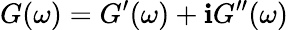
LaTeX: G(\omega)=G^{\prime}(\omega)+\mathbf{i}G^{\prime\prime}(\omega)